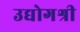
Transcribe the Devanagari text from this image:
उद्योगश्री